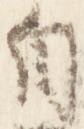
自